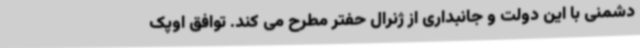
دشمنی با این دولت و جانبداری از ژنرال حفتر مطرح می کند. توافق اوپک